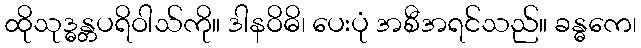
ထိုသုဒ္ဓန္တပရိဝါသ်ကို။ ဒါနဝိဓိ၊ ပေးပုံ အစီအရင်သည်။ ခန္ဓကေ၊